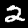
Digit: 2